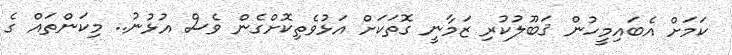
ކަމަށް އެބައިމީހުން ޤަބޫލުކުރި ޒަމާނީ ގޮތަކަށް އަޅުވެތިކޮށްގެން ވެސް އުޅުނު.. މިކަންތައް ގެ